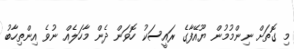
މި ގޮތަށް ނިންމުމުން ޔޫއޭފާގެ ރައީސަކު ހޮވަން ދެން މާހަލެއް ނުވެ އިންތިހާބު